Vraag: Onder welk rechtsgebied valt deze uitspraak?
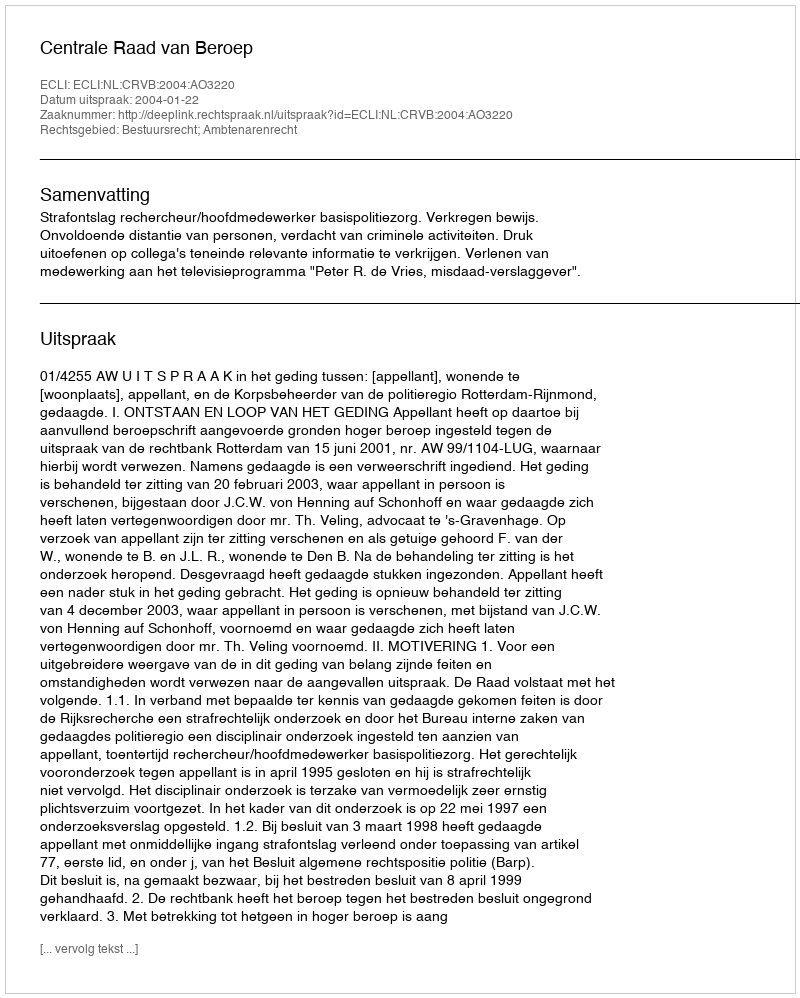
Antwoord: Bestuursrecht; Ambtenarenrecht